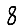
Digit: 8